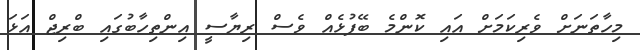
މިހާތަނަށް ވެރިކަމަށް އައި ކޮންމެ ބޭފުޅެއް ވެސް ރިޔާސީ އިންތިހާބުގައި ބްރިޖް އަޅަ